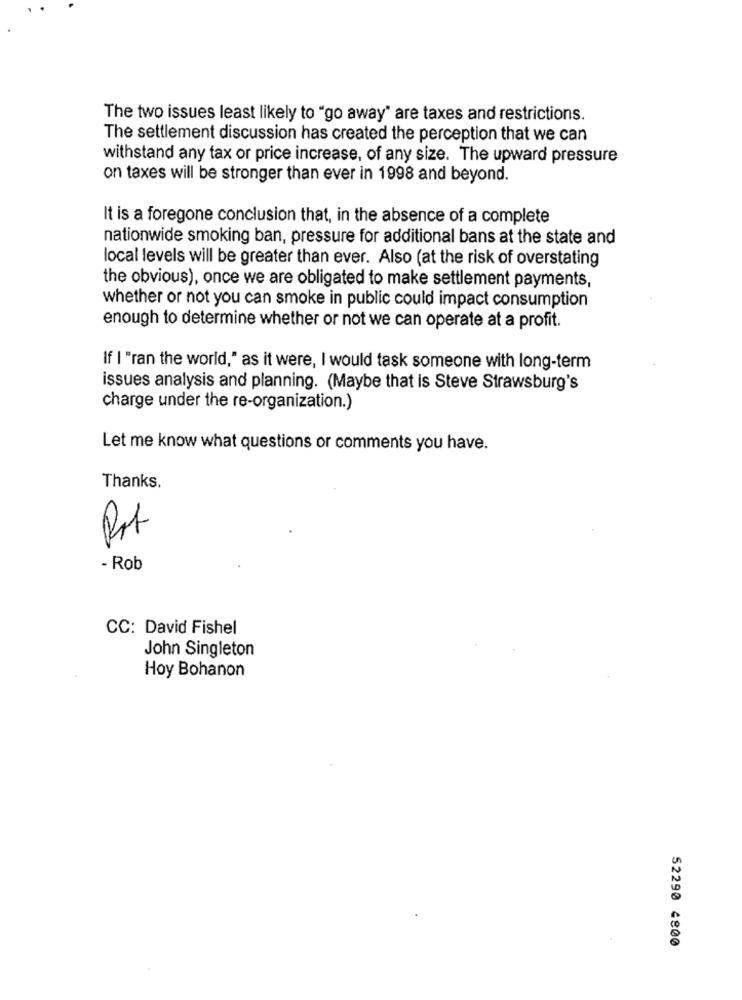
The two issues least likely to "go away" are taxes and restrictions.
The settlement discussion has created the perception that we can
withstand any tax or price increase, of any size. The upward pressure
on taxes will be stronger than ever in 1998 and beyond.
It is a foregone conclusion that, in the absence of a complete
nationwide smoking ban, pressure for additional bans at the state and
local levels will be greater than ever. Also (at the risk of overstating
the obvious), once we are obligated to make settlement payments,
whether or not you can smoke in public could impact consumption
enough to determine whether or not we can operate at a profit.
If I "ran the world," as it were, I would task someone with long-term
issues analysis and planning. (Maybe that is Steve Strawsburg's
charge under the re-organization.)
Let me know what questions or comments you have.
Thanks.
- Rob
CC: David Fishel
John Singleton
Hoy Bohanon
52290 4800